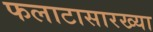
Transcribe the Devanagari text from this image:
फलाटासारख्या